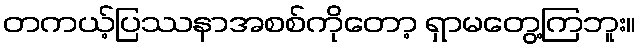
တကယ့်ပြဿနာအစစ်ကိုတော့ ရှာမတွေ့ကြဘူး။